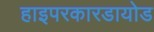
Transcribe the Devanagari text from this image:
हाइपरकारडायोड